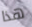
هذا